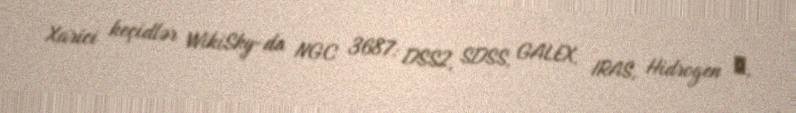
Xarici keçidlər WikiSky-da NGC 3687: DSS2, SDSS, GALEX, IRAS, Hidrogen α,